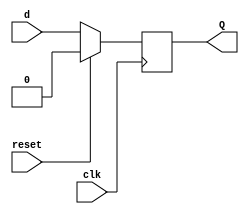
// This program was cloned from: https://github.com/ekb0412/100DaysofRTL
// License: Apache License 2.0

`timescale 1ns / 1ps

module D_flipflop(
    input clk, reset, d,
    output reg Q
    );
    
    always@(posedge clk)
          begin
            if({reset})
                Q<= 1'b0;
            else 
                Q <= d;
            end
endmodule


//////////////////////////////////////////////////////////////////////////////////


module freq_div_by4(
    input clk, reset,
    output clk_by4
    );
    wire clk_by2;
    
    D_flipflop D1(clk, reset, ~clk_by4, clk_by2);
    D_flipflop D2(clk, reset, clk_by2, clk_by4);

endmodule